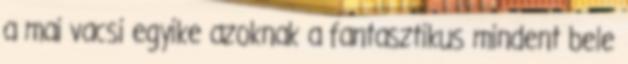
a mai vacsi egyike azoknak a fantasztikus mindent bele